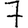
Digit: 7